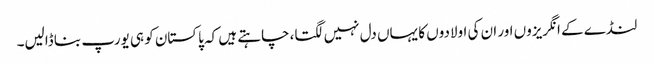
لنڈے کے انگریزوں اور ان کی اولادوں کا یہاں دل نہیں لگتا، چاہتے ہیں کہ پاکستان کو ہی یورپ بنا ڈالیں۔